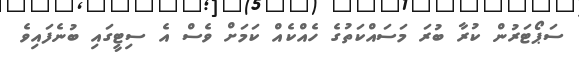
ސަޕޯޓަރުން ކުރާ ބުރަ މަސައްކަތުގެ ހެއްކެއް ކަމަށް ވެސް އެ ސިޓީގައި ބުނެފައިވެ